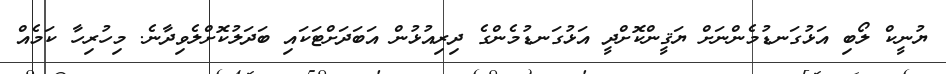
ޔުނީކް ލޯބި އަޅުގަނޑުމެންނަށް ޔަޤީންކޮށްދީ އަޅުގަނޑުމެންގެ ދިރިއުޅުން އަބަދަށްޓަކައި ބަދަލުކޮށްލެވިދާނެ. މިހުރިހާ ކަމެއް